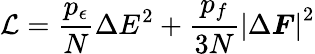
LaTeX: \mathcal{L}=\frac{p_{\epsilon}}{N}\Delta E^{2}+\frac{p_{f}}{3N}\left|\Delta\boldsymbol{F}\right|^{2}